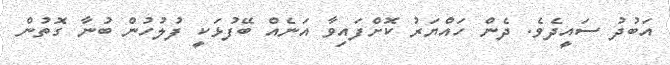
އަބުދު ސައީދެވެ. ދެން ހައްޔަރު ކޮށްފައިވާ އަނެއް ބޭފުޅަކީ ފުލުހުން ބުނާ ގޮތުން